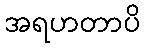
အရဟတာပိ